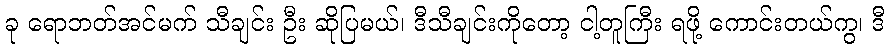
ခု ရောဘတ်အင်မက် သီချင်း ဦး ဆိုပြမယ်၊ ဒီသီချင်းကိုတော့ ငါ့တူကြီး ရဖို့ ကောင်းတယ်ကွ၊ ဒီ